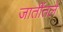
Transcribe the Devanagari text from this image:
जातींतले